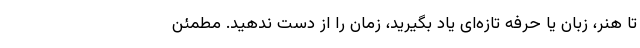
تا هنر، زبان یا حرفه‌ تازه‌ای یاد بگیرید، زمان را از دست ندهید. مطمئن